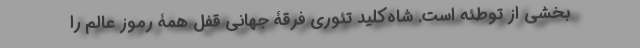
بخشی از توطئه است. شاه‌کلید تئوری فرقۀ جهانی قفلِ همۀ رموز عالم را